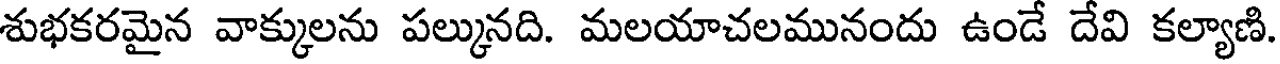
శుభకరమైన వాక్కులను పల్కునది. మలయాచలమునందు ఉండే దేవి కల్యాణి